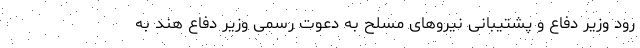
رود وزیر دفاع و پشتیبانی نیروهای مسلح به دعوت رسمی وزیر دفاع هند به